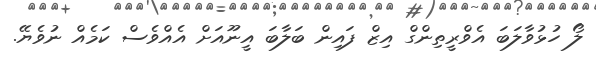
ލޯ ހުޅުވާލަބަ އެވްރީތިންގް އިޒް ފައިން ބަލާބަ އީނޫއަށް އެއްވެސް ކަމެއް ނުވެޔޭ.